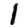
Digit: 1